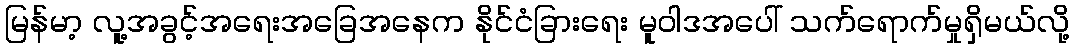
မြန်မာ့ လူ့အခွင့်အရေးအခြေအနေက နိုင်ငံခြားရေး မူဝါဒအပေါ် သက်ရောက်မှုရှိမယ်လို့